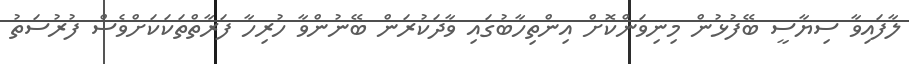
ލާފައިވާ ސިޔާސީ ބޭފުޅުން މިނިވަންކޮށް އިންތިހާބުގައި ވާދަކުރަން ބޭނުންވާ ހުރިހާ ފަރާތްތަކަކަށްވެސް ފުރުސަތު